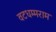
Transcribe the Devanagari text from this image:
वटधम्मराम